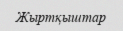
Жыртқыштар